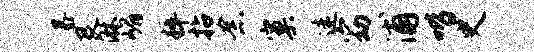
暴艮淋嵋粹拈念窠迷窈浦喈史